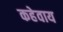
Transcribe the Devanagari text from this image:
कहेवाय